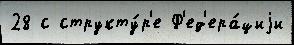
28 с структу́р'е Ф'ед'ера́циjи